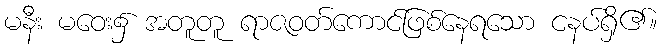
မနီး မဝေး၌ အတူတူ ရာဇဝတ်ကောင်ဖြစ်နေရသော ငနပ်ရှိ၏။